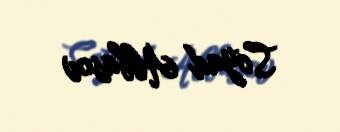
Soyad Abbasov